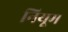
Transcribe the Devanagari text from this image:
नियूम